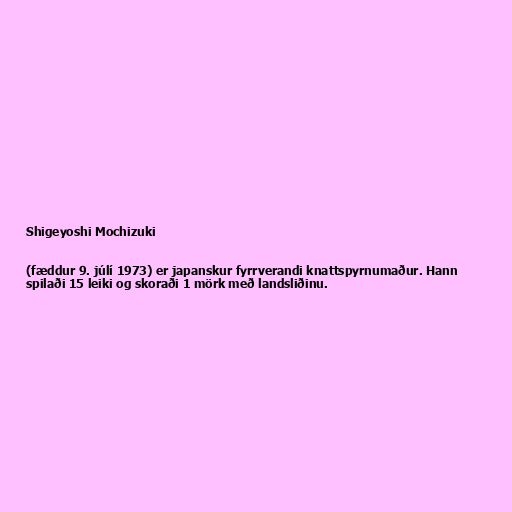
Shigeyoshi Mochizuki

(fæddur 9. júlí 1973) er japanskur fyrrverandi knattspyrnumaður. Hann
spilaði 15 leiki og skoraði 1 mörk með landsliðinu.